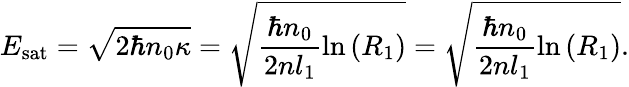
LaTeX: E_{\mathrm{sat}}=\sqrt{2\hbar n_{0}\kappa}=\sqrt{\frac{\hbar n_{0}}{2nl_{1}}\ln\left(R_{1}\right)}=\sqrt{\frac{\hbar n_{0}}{2nl_{1}}\ln\left(R_{1}\right)}.